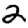
Digit: 2